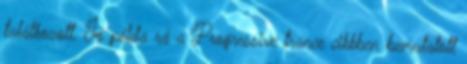
találkozott. Jó példa rá a Progressive trance cikkben bemutatott